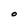
Character: O